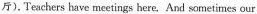
厅).Teachers have meetings here, And sometimes our